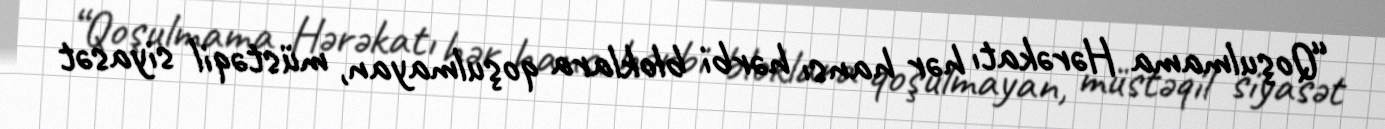
“Qoşulmama Hərəkatı hər hansı hərbi bloklara qoşulmayan, müstəqil siyasət